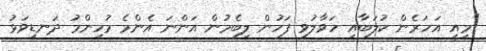
"މިއީ އަހަރެން ކުލަބާއި ހަވާލުވި ފަހުން ލިބެމުން އަންނަ އެންމެ މުހިންމު ދަނޑިވަޅު